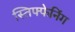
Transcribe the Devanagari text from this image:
स्तिफ्फेनिंग